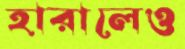
হারালেও